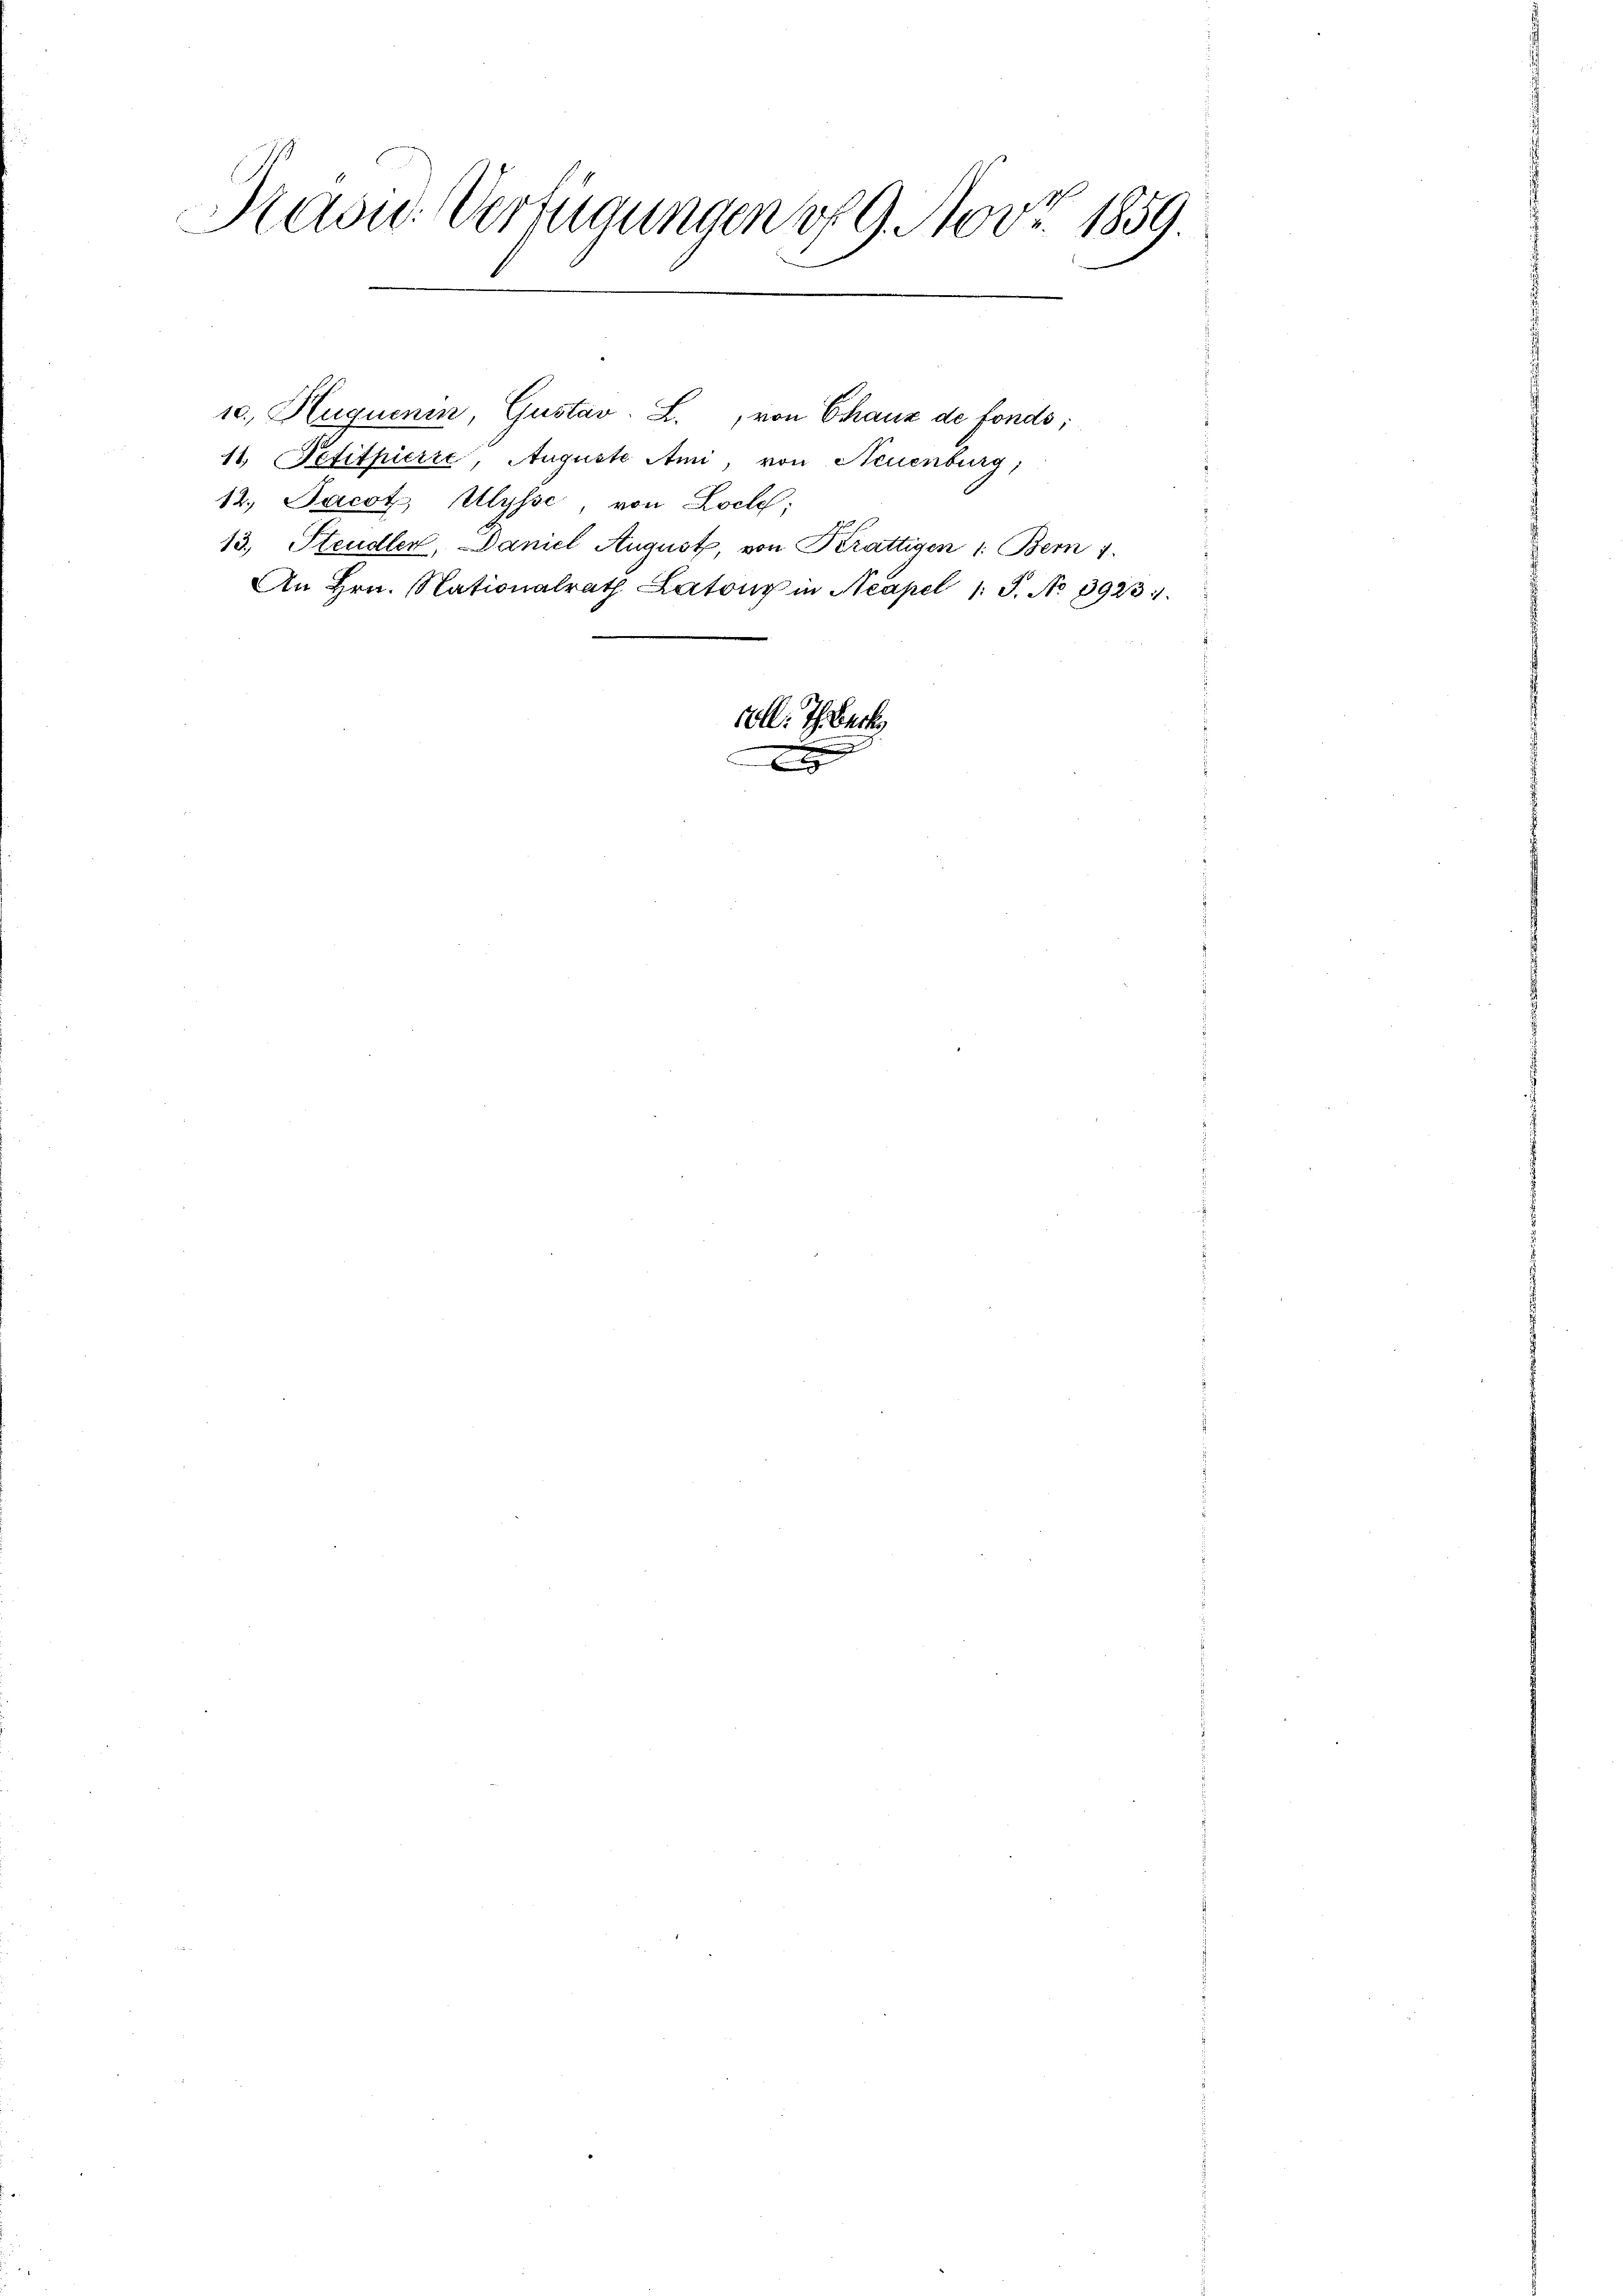
Kaow. Verfügungen of 9. Nov. 1859.

11. Petitpierre, Auguste Ami, von Neuenburg,
12. Jacot, Ulysse, von Loch;
13., Steudler, Daniel August, von Krättigen 1: Bern 1.
An Hrn. Nationalrath Latony in Neapel 1 S. No 3923.

10., Huquenin, Gustav L., von Chaux de fonds;

oll. Th. Becke

d